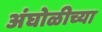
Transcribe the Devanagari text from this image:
अंघोळीच्या